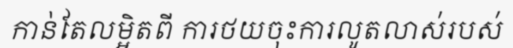
កាន់តែលម្អិតពី ការថយចុះការលូតលាស់របស់